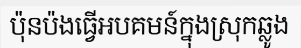
ប៉ុនប៉ងធ្វើអបគមន៍ក្នុងស្រុកឆ្លូង